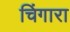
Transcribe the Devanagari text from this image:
चिंगारा